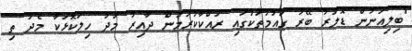
"ބިލިއަނުން ޑޮލަރު ބޭރު ގައުމުތަކުގައި ރައްކާކުރަމުން ދާއިރު މަދު ހިލަކޮޅަކާ މެެދު ތި